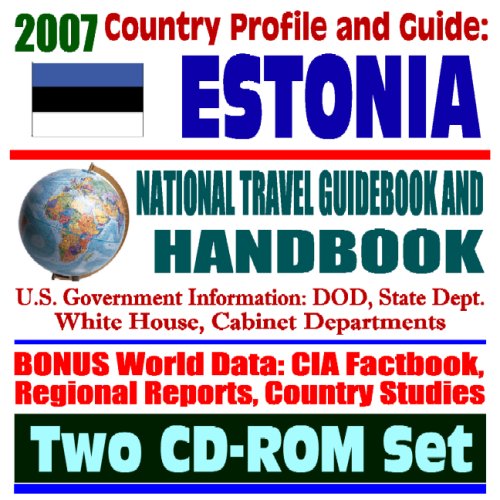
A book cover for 2007 Country Profile and Guide to Estonia - National Travel Guidebook and Handbook - Agriculture, Energy, NATO, Northern Europe Initiative (Two CD-ROM Set); U.S. Government; Travel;